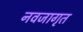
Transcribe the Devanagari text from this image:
नवजागृत